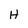
Character: H